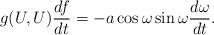
LaTeX: \begin{align*}g(U, U)\frac {df}{dt} = - a\cos\omega \sin\omega \frac {d\omega}{dt}.\end{align*}